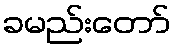
ခမည်းတော်